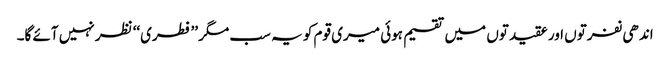
اندھی نفرتوں اور عقیدتوں میں تقسیم ہوئی میری قوم کو یہ سب مگر ’’فطری‘‘ نظر نہیں آئے گا۔